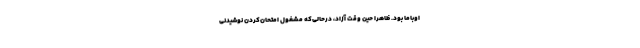
اوباما بود. ظاهراً حین وقت آزاد، درحالی‌که مشغول امتحان‌کردن نوشیدنی